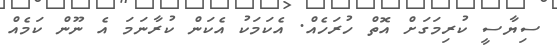
ސިޔާސީ ކުރިމަގަށް އޮތް ހުރަހެއް. އެކަމަކު އެކަން ކުރާނަމަ އެ ނޫން ކަމެއް